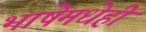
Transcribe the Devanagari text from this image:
भाषेमधेही